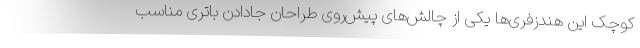
کوچک این هندزفری‌ها یکی از چالش‌های پیش‌روی طراحان جادادن باتری مناسب